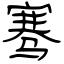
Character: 骞